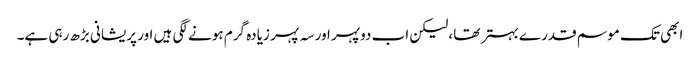
ابھی تک موسم قدرے بہتر تھا ،لیکن اب دوپہر اور سہ پہر زیادہ گرم ہونے لگی ہیں اور پریشانی بڑھ رہی ہے۔